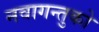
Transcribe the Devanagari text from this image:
नवागन्तुको